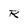
Character: R